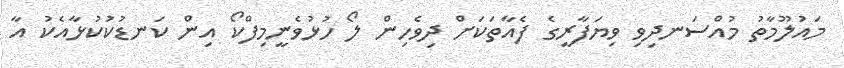
މައުލޫމާތު މުއްސަނދިވި ވިޔަފާރީގެ ފެއާތަކަށް ދިވެހިން ލޯ ހުޅުވެނީމިފްކޯ އިން ކަނޑުކުކުޅާއެކު އާ